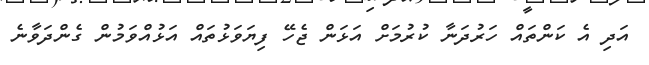
އަދި އެ ކަންތައް ހަރުދަނާ ކުރުމަށް އަޅަން ޖެހޭ ފިޔަވަޅުތައް އަޅުއްވަމުން ގެންދަވާނެ